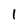
Character: 1